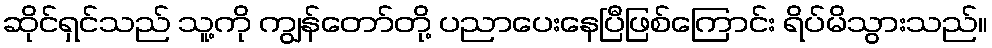
ဆိုင်ရှင်သည် သူ့ကို ကျွန်တော်တို့ ပညာပေးနေပြီဖြစ်ကြောင်း ရိပ်မိသွားသည်။